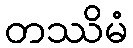
တဿိမံ